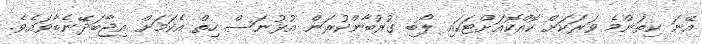
އޭނަ ކިތަންމެ ވަރަކަށް ކޮއްކޮއަށްޓަކައި ލޯބި ގުރުބާންކުރަން އުޅުނަސް ހިތް އެކަމަށް އިޖާބަދޭނެބާވައެވެ.